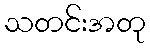
သတင်းအတု